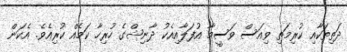
ދަތިތަކާއި ކުރިމަތި ވިއަސް ވަސީމާ އުފަލާއިއެކު ދާނިޝްގެ ހުރިހާ ކަމެއް ކުރިއެވެ. އެކަން